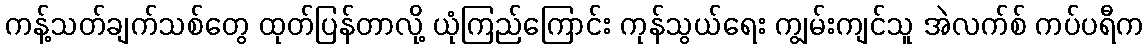
ကန့်သတ်ချက်သစ်တွေ ထုတ်ပြန်တာလို့ ယုံကြည်ကြောင်း ကုန်သွယ်ရေး ကျွမ်းကျင်သူ အဲလက်စ် ကပ်ပရီက